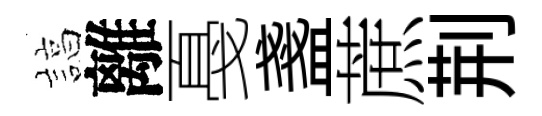
諄離戞盞蔗荆